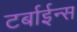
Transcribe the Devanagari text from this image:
टर्बाईन्स